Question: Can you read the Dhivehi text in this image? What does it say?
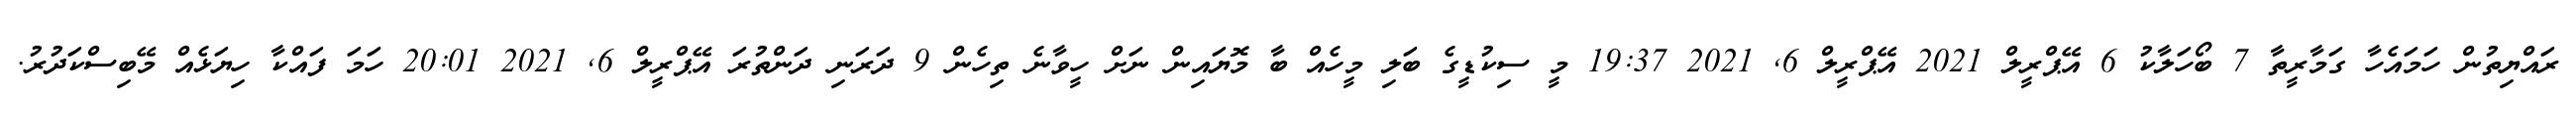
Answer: ރައްޔިތުން ހަމައެހާ ގަމާރީތާ 7 ބޯހަލާކު 6 އޭޕްރީލް 2021 އޭޕްރީލް 6, 2021 19:37 މީ ސިކުޑީގެ ބަލި މީހެއް ބާ މޮޔައިން ނަށް ހީވާނެ ތިހެން 9 ދަރަނި ދަންތުރަ އޭޕްރީލް 6, 2021 20:01 ހަމަ ފައްކާ ހިޔަޅެއް މޭބިސްކަދުރު.